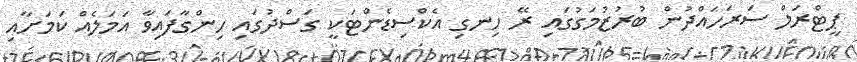
ޕީޓްރަލް ސަރަހައްދުން ބުރުޒުމަގުގައި ރޭ ހިނގި އެކްސިޑެންޓަކީ ގަސްދުގައި ހިންގާފައިވާ އަމަލެއް ކަމަށާއި